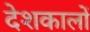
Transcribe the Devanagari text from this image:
देशकालों